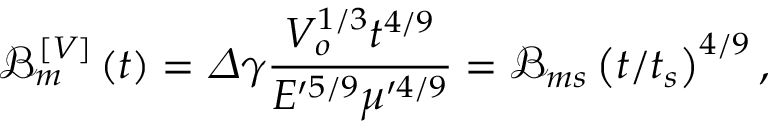
\mathcal { B } _ { m } ^ { \left[ V \right] } \left( t \right) = \varDelta \gamma \frac { V _ { o } ^ { 1 / 3 } t ^ { 4 / 9 } } { E ^ { \prime 5 / 9 } \mu ^ { \prime 4 / 9 } } = \mathcal { B } _ { m s } \left( t / t _ { s } \right) ^ { 4 / 9 } ,